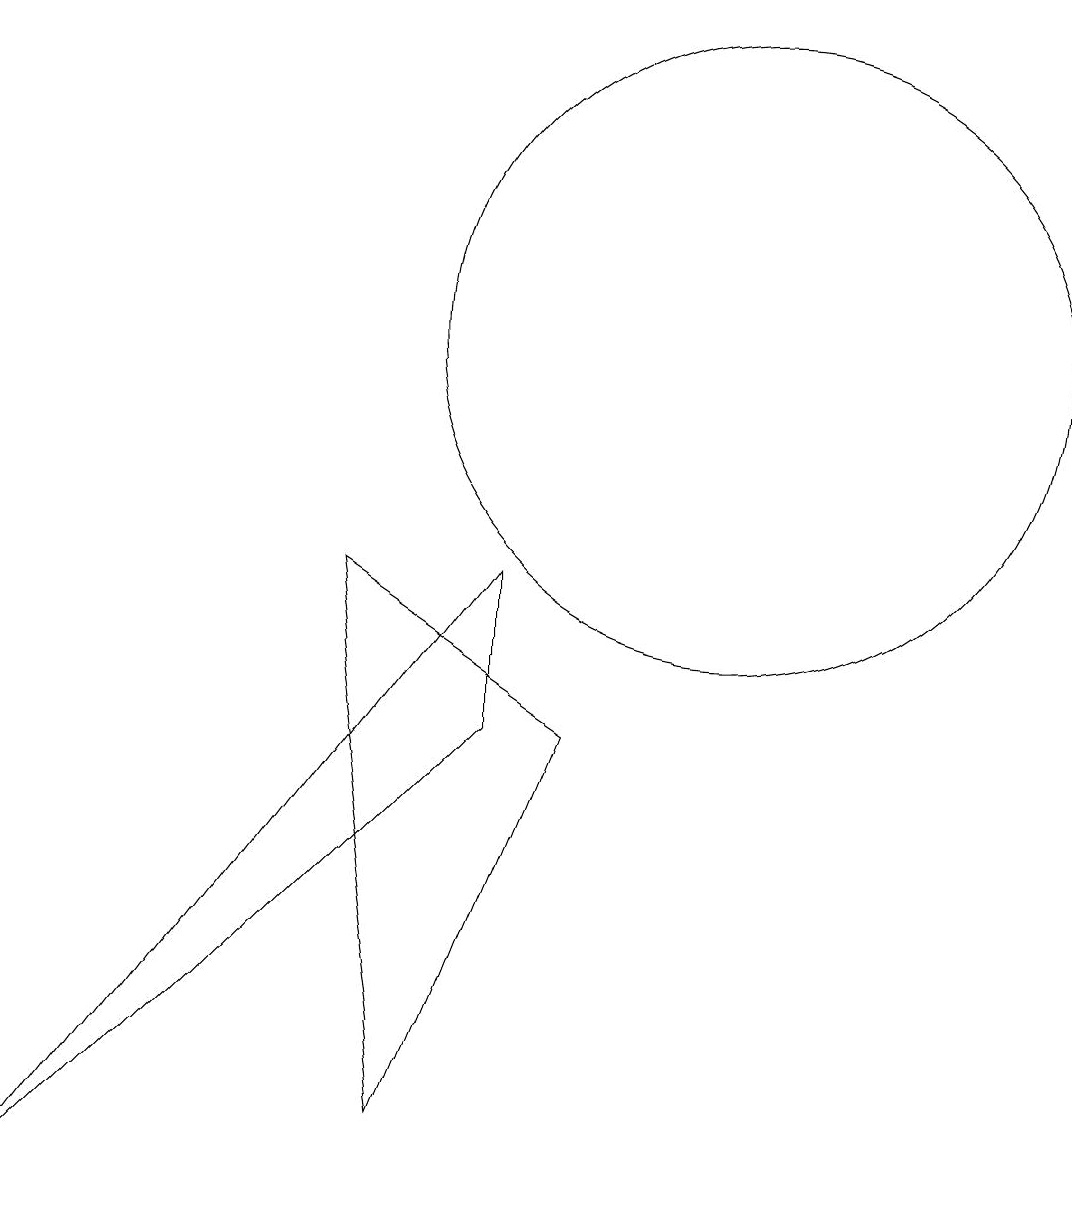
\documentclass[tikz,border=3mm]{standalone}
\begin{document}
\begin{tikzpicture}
\draw (7,1) -- (9,6) -- (6,8) -- cycle;
\draw (11,11) circle (4);
\draw (2,0) -- (8,8) -- (8,6) -- cycle;
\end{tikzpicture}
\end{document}